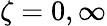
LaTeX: \zeta=0,\infty